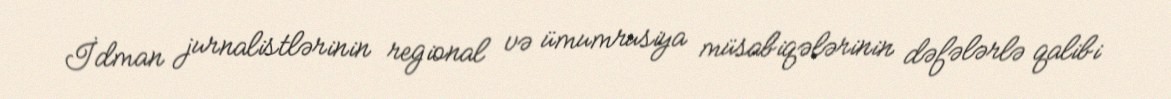
İdman jurnalistlərinin regional və ümumrusiya müsabiqələrinin dəfələrlə qalibi